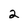
Character: 2